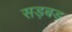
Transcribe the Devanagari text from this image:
सड़बड़